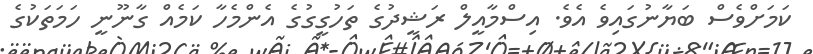
ކަމަށްވެސް ބަޔާނުގައިވެ އެވެ. އިސްމާއީލް ރަޝީދުގެ ތަހުގީގުގެ އެންމެހާ ކަމެއް ގާނޫނީ ހަމަތަކުގެ